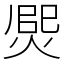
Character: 㷗